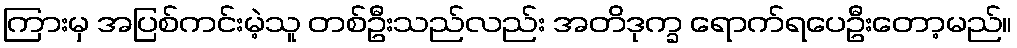
ကြားမှ အပြစ်ကင်းမဲ့သူ တစ်ဦးသည်လည်း အတိဒုက္ခ ရောက်ရပေဦးတော့မည်။